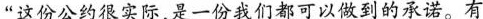
“这份公约很实际，是一份我们都可以做到的承诺。有